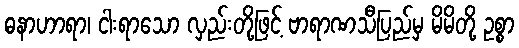
ဓနာဟာရာ၊ ငါးရာသော လှည်းတို့ဖြင့် ဗာရာဏသီပြည်မှ မိမိတို့ ဥစ္စာ